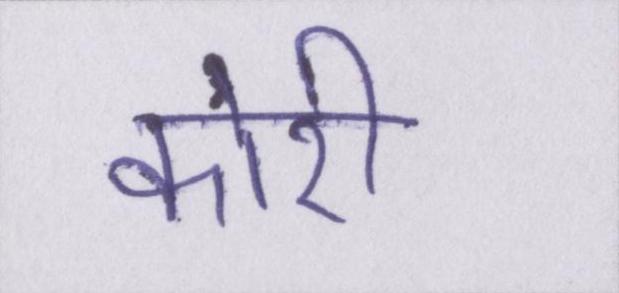
कोरी